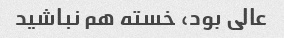
عالی بود، خسته هم نباشید